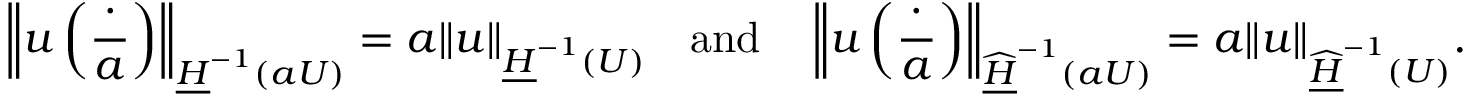
\left\| u \left( \frac { \cdot } { a } \right) \right\| _ { \underline { { H } } ^ { - 1 } ( a U ) } = a \| u \| _ { \underline { { H } } ^ { - 1 } ( U ) } \quad \mathrm { a n d } \quad \left\| u \left( \frac { \cdot } { a } \right) \right\| _ { \widehat { \underline { { H } } } ^ { - 1 } ( a U ) } = a \| u \| _ { \widehat { \underline { { H } } } ^ { - 1 } ( U ) } .